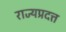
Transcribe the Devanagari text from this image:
राज्यप्रदत्त